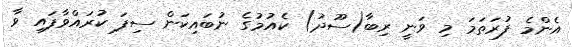
އެންމެ ފުރަތަމަ މި ވަނީ ރިބާ(ސޫދު) ކެއުމުގެ ނުބައިކަން ސިފަ ކުރައްވާފައި ވާ